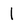
Character: l